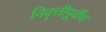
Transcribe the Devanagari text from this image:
निवृत्तीपूर्वीच